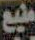
منبع